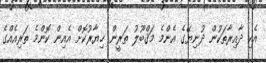
އެކި ދާއިރާތަކުން ދުނިޔޭގެ އެންމެ މަޤްބޫލު ތަރީން ޚިޔާރުކޮށް އެއިން ކޮންމެ ތަރިއެއްގެ